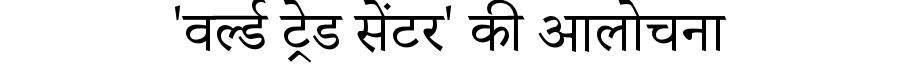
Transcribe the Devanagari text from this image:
'वर्ल्ड ट्रेड सेंटर' की आलोचना